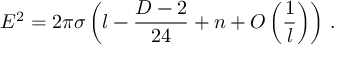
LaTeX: E ^ { 2 } = 2 \pi \sigma \left( l - \frac { D - 2 } { 2 4 } + n + O \left( \frac { 1 } { l } \right) \right) \, .